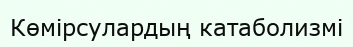
Көмірсулардың катаболизмі